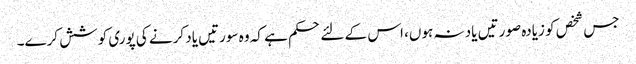
جس شخص کو زیادہ صورتیں یاد نہ ہوں، اس کے لئے حکم ہے کہ وہ سورتیں یاد کرنے کی پوری کوشش کرے۔